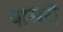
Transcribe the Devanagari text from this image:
यामरौ